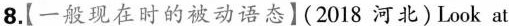
8.【一般现在时的被动语态】(2018 河北)Look at